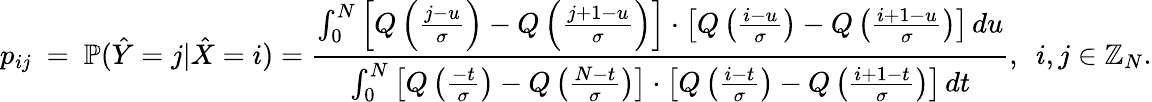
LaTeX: p_{ij}~=~\mathbb{P}(\hat{Y}=j|\hat{X}=i)=\frac{\int_{0}^{N}\left[Q\left(\frac{j-u}{\sigma}\right)-Q\left(\frac{j+1-u}{\sigma}\right)\right]\cdot\left[Q\left(\frac{i-u}{\sigma}\right)-Q\left(\frac{i+1-u}{\sigma}\right)\right]\, du}{\int_{0}^{N}\left[Q\left(\frac{-t}{\sigma}\right)-Q\left(\frac{N-t}{\sigma}\right)\right]\cdot\left[Q\left(\frac{i-t}{\sigma}\right)-Q\left(\frac{i+1-t}{\sigma}\right)\right]\, dt},~~i,j\in\mathbb{Z}_{N}.